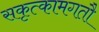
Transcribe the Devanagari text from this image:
सकृत्कामगतौ